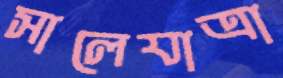
সালেযাত্রা